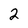
Character: 2